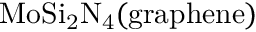
\mathrm { M o S i _ { 2 } N _ { 4 } ( g r a p h e n e ) }